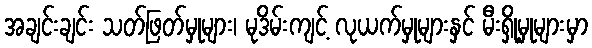
အချင်းချင်း သတ်ဖြတ်မှုများ၊ မုဒိမ်းကျင့် လုယက်မှုများနှင် မီးရှို့မှုများမှာ